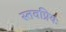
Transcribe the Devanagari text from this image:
स्तवप्रियः